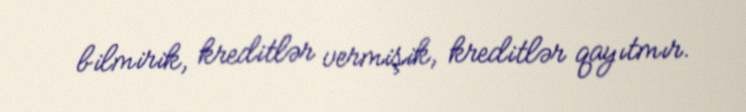
bilmirik, kreditlər vermişik, kreditlər qayıtmır.